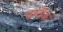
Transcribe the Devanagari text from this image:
पर्य्टक